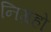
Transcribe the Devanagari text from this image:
निग्रहो